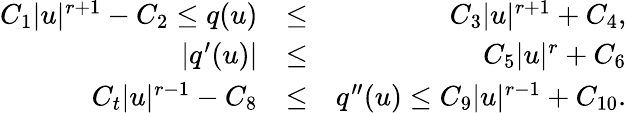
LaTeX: \begin{array}{rlr}{C_{1}|u|^{r+1}-C_{2}\leq q(u)}&{\leq}&{C_{3}|u|^{r+1}+C_{4},}\\ {|q^{\prime}(u)|}&{\leq}&{C_{5}|u|^{r}+C_{6}}\\ {C_{t}|u|^{r-1}-C_{8}}&{\leq}&{q^{\prime\prime}(u)\leq C_{9}|u|^{r-1}+C_{10}.}\end{array}